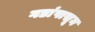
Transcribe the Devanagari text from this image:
गडांपासून